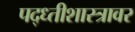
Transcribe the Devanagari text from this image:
पद्ध्तीशास्त्रावर